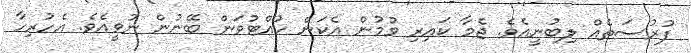
ފުރުސަތެއް ލިބުނީއެވެ. ޖެމާ ކައިރި ވުމުން އެކަން ހުއްޓުވަން ބޭނުން ނުވީއެވެ. އެހުރިހާ